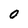
Character: 0